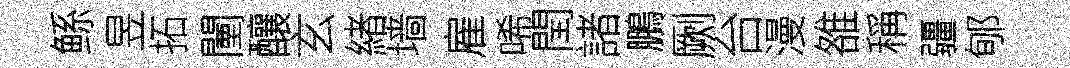
鲧昱拓闉釀玄緖墙雇唏閏諸鵬劂台漫雒稱疆郇